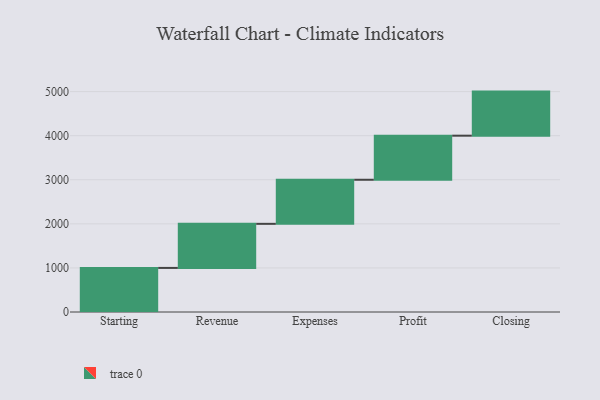
{"axis": {"x": "Step", "y": "Value"}, "legend": [""], "data": [{"x": "Starting", "y": 1000, "type": ""}, {"x": "Revenue", "y": 1000, "type": ""}, {"x": "Expenses", "y": 1000, "type": ""}, {"x": "Profit", "y": 1000, "type": ""}, {"x": "Closing", "y": 1000, "type": ""}]}